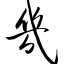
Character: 几